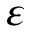
\varepsilon